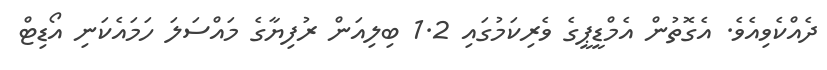
ދެއްކެވިއެވެ. އެގޮތުން އެމްޑީޕީގެ ވެރިކަމުގައި 1.2 ބިލިއަން ރުފިޔާގެ މައްސަލަ ހަމައެކަނި އޯޑިޓް